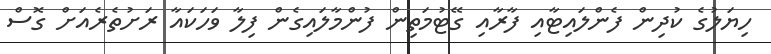
ހިޔަލުގެ ކުދިން ފެންލައިޓާއި ފާރާއި ގޭޓުމަތިން ފުންމާލައިގެން ފިލާ ވަހަކައާ ރަށުތެރެއަށް ގޮސް